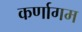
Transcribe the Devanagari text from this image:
कर्णागम